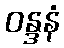
ဝန္ဒနံ